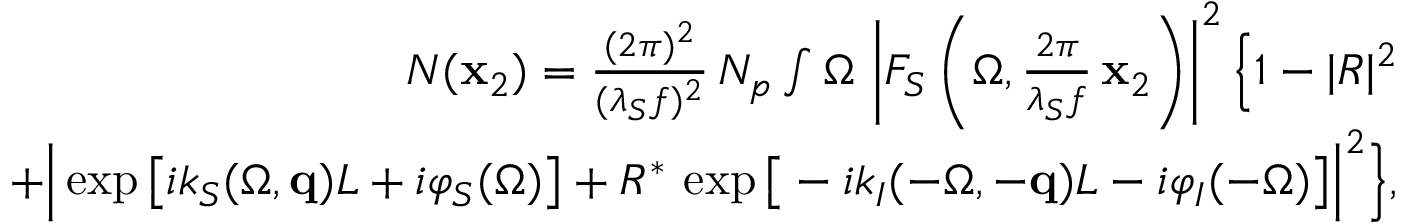
\begin{array} { r l r } & { } & { N ( { \bf x } _ { 2 } ) = \frac { ( 2 \pi ) ^ { 2 } } { ( \lambda _ { S } f ) ^ { 2 } } \, N _ { p } \int \d \Omega \, \left| F _ { S } \left( \Omega , \frac { 2 \pi } { \lambda _ { S } f } \, { \bf x } _ { 2 } \right) \right| ^ { 2 } \Big \{ 1 - | R | ^ { 2 } } \\ & { } & { + \Big | \exp \big [ i k _ { S } ( \Omega , { \bf q } ) L + i \varphi _ { S } ( \Omega ) \big ] + R ^ { * } \, \exp \big [ - i k _ { I } ( - \Omega , - { \bf q } ) L - i \varphi _ { I } ( - \Omega ) \big ] \Big | ^ { 2 } \Big \} , } \end{array}